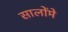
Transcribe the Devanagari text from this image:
सालोंमे